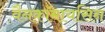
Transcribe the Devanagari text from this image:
वैनकॉमायसिन